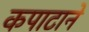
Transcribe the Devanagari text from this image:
कपाटाने